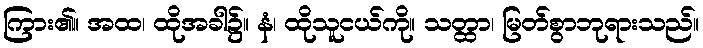
ကြား၏။ အထ၊ ထိုအခါ၌။ နံ၊ ထိုသူငယ်ကို။ သတ္ထာ၊ မြတ်စွာဘုရားသည်။